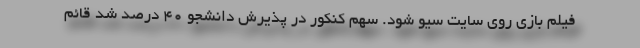
فیلم بازی روی سایت سیو شود. سهم کنکور در پذیرش دانشجو ۴۰ درصد شد قائم